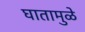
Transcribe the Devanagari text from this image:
घातामुळे